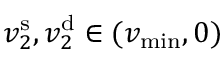
v _ { 2 } ^ { \mathrm { s } } , v _ { 2 } ^ { \mathrm { d } } \in ( v _ { \operatorname* { m i n } } , 0 )